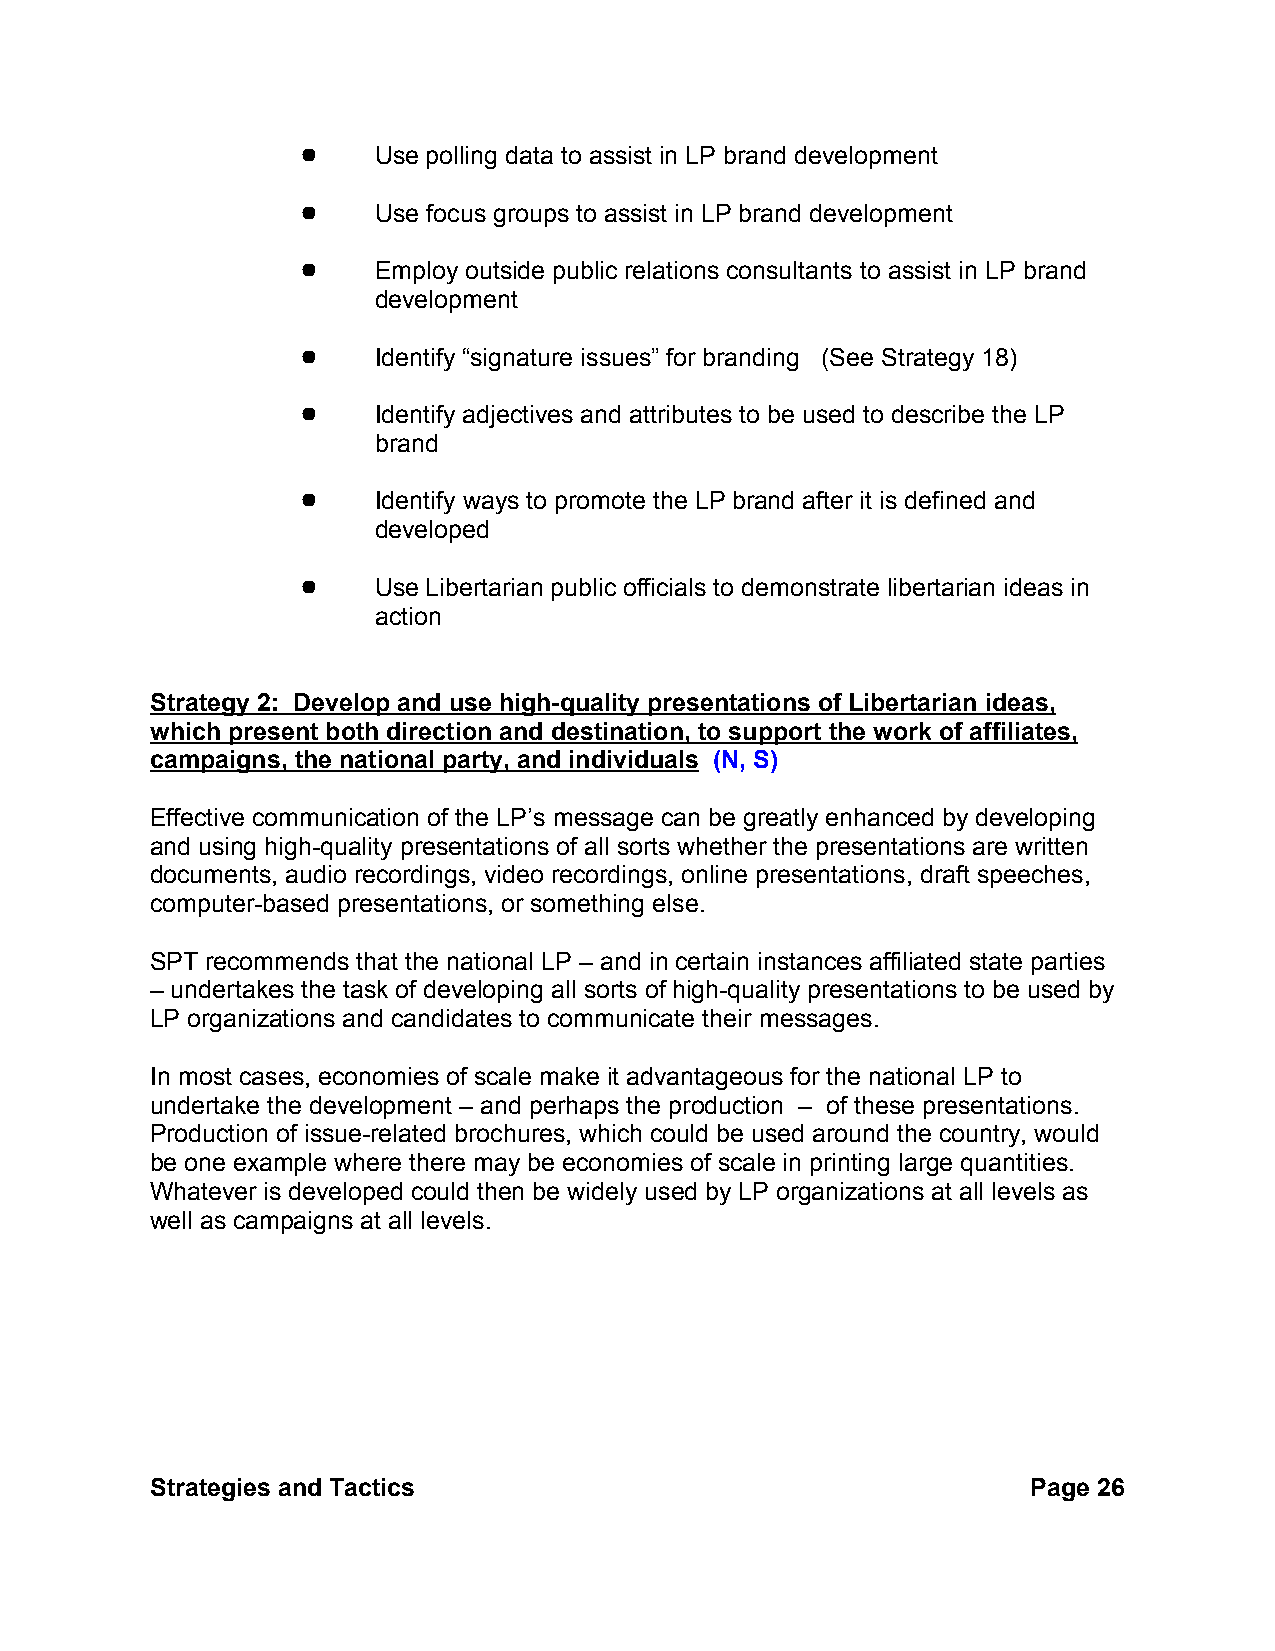
!    Use polling data to assist in LP brand development
 !    Use focus groups to assist in LP brand development
 !    Employ outside public relations consultants to assist in LP brand
 development
 !    Identify “signature issues” for branding (See Strategy 18)
 !    Identify adjectives and attributes to be used to describe the LP
 brand
 !    Identify ways to promote the LP brand after it is defined and
 developed
 !    Use Libertarian public officials to demonstrate libertarian ideas in
 action
 Strategy 2: Develop and use high-quality presentations of Libertarian ideas,
 which present both direction and destination, to support the work of affiliates,
 campaigns, the national party, and individuals (N, S)
 Effective communication of the LP’s message can be greatly enhanced by developing
 and using high-quality presentations of all sorts whether the presentations are written
 documents, audio recordings, video recordings, online presentations, draft speeches,
 computer-based presentations, or something else.
 SPT recommends that the national LP – and in certain instances affiliated state parties
 – undertakes the task of developing all sorts of high-quality presentations to be used by
 LP organizations and candidates to communicate their messages.
 In most cases, economies of scale make it advantageous for the national LP to
 undertake the development – and perhaps the production – of these presentations.
 Production of issue-related brochures, which could be used around the country, would
 be one example where there may be economies of scale in printing large quantities.
 Whatever is developed could then be widely used by LP organizations at all levels as
 well as campaigns at all levels.
 Strategies and Tactics                                    Page 26